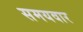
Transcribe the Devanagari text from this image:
समयवार